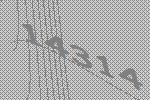
14314